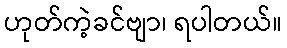
ဟုတ်ကဲ့ခင်ဗျာ၊ ရပါတယ်။